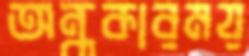
অন্ধকারময়